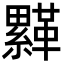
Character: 𩌺